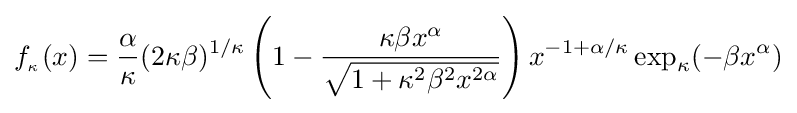
f_{_{\kappa }}(x)={\frac {\alpha }{\kappa }}(2\kappa \beta )^{1/\kappa }\left(1-{\frac {\kappa \beta x^{\alpha }}{\sqrt {1+\kappa ^{2}\beta ^{2}x^{2\alpha }}}}\right)x^{-1+\alpha /\kappa }\exp _{\kappa }(-\beta x^{\alpha })